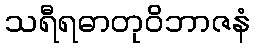
သရီရဓာတုဝိဘာဇနံ